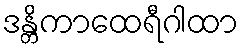
ဒန္တိကာထေရီဂါထာ